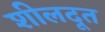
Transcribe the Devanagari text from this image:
शीलदूत